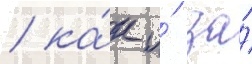
/ ка́к и́ за́